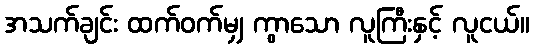
အသက်ချင်း ထက်ဝက်မျှ ကွာသော လူကြီးနှင့် လူငယ်။